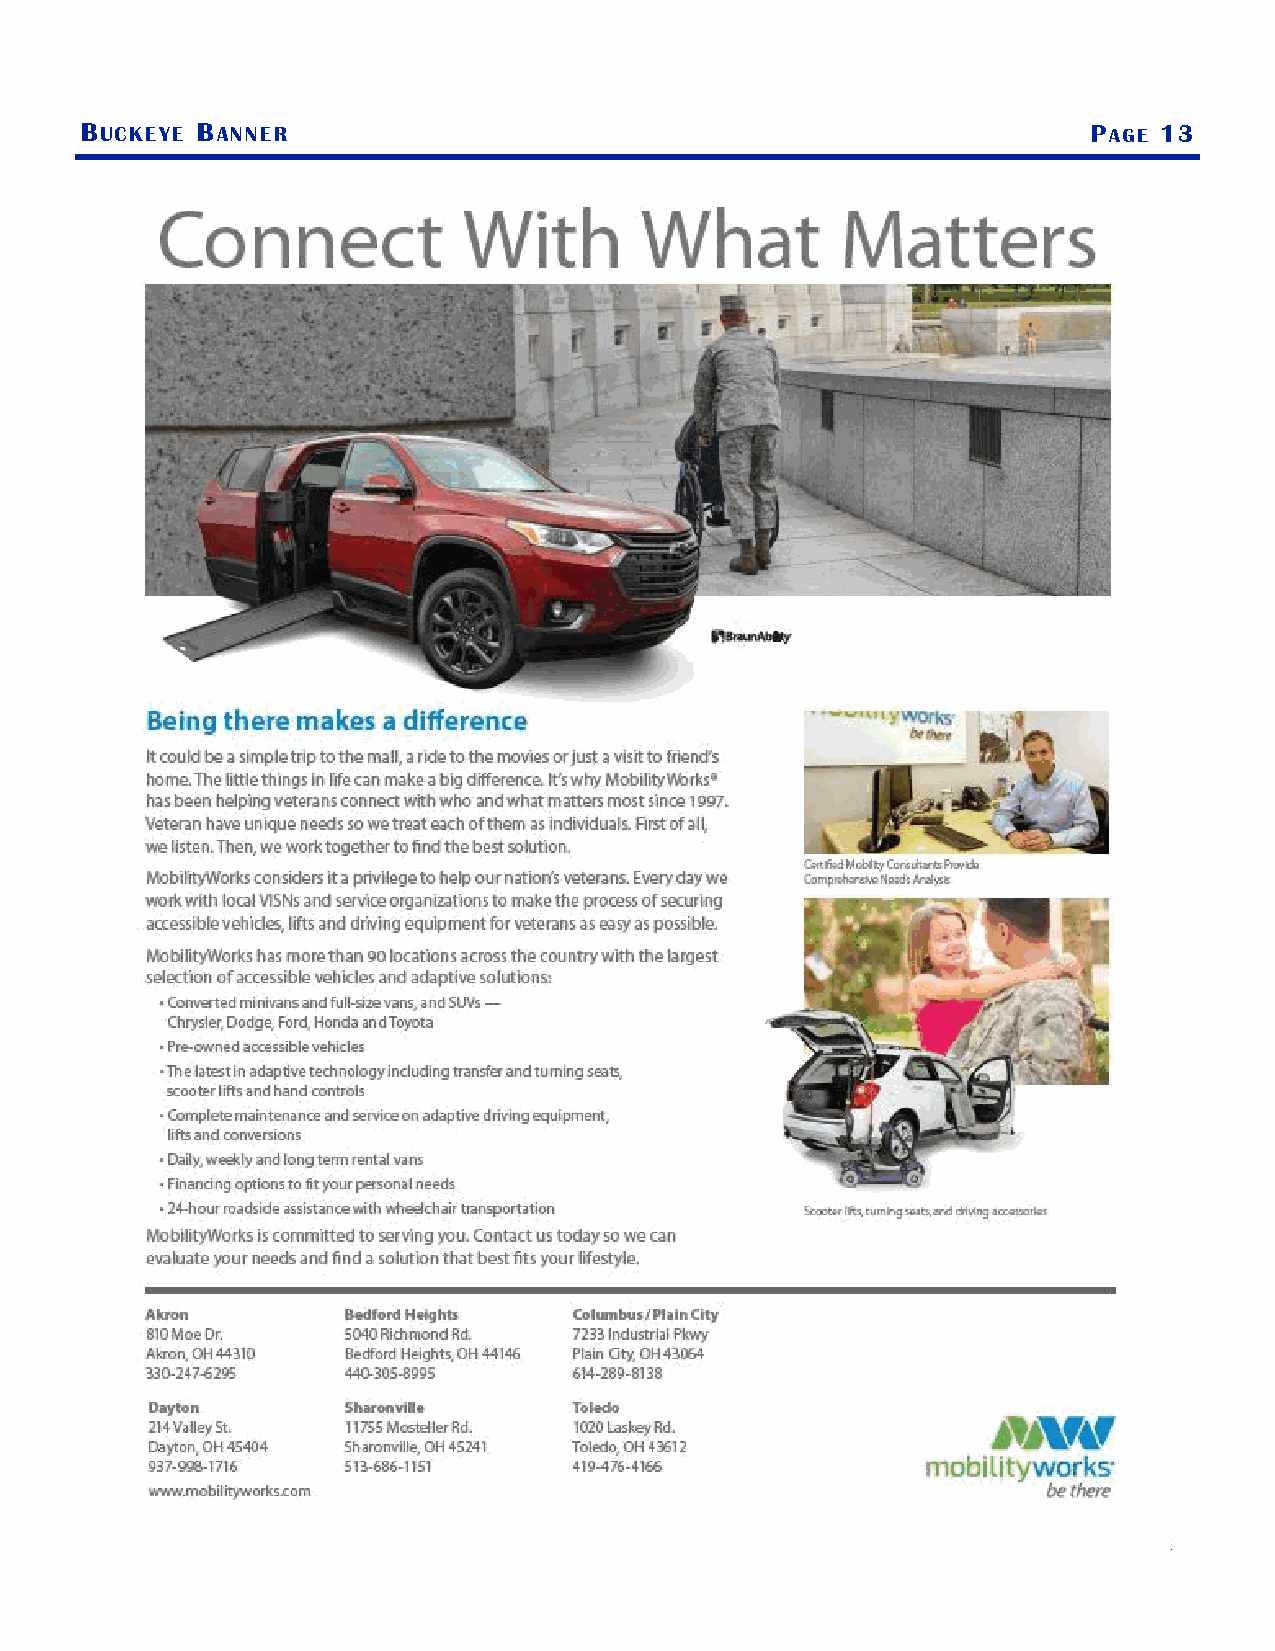
BUCKEYE BANNER                                                     PAGE 13